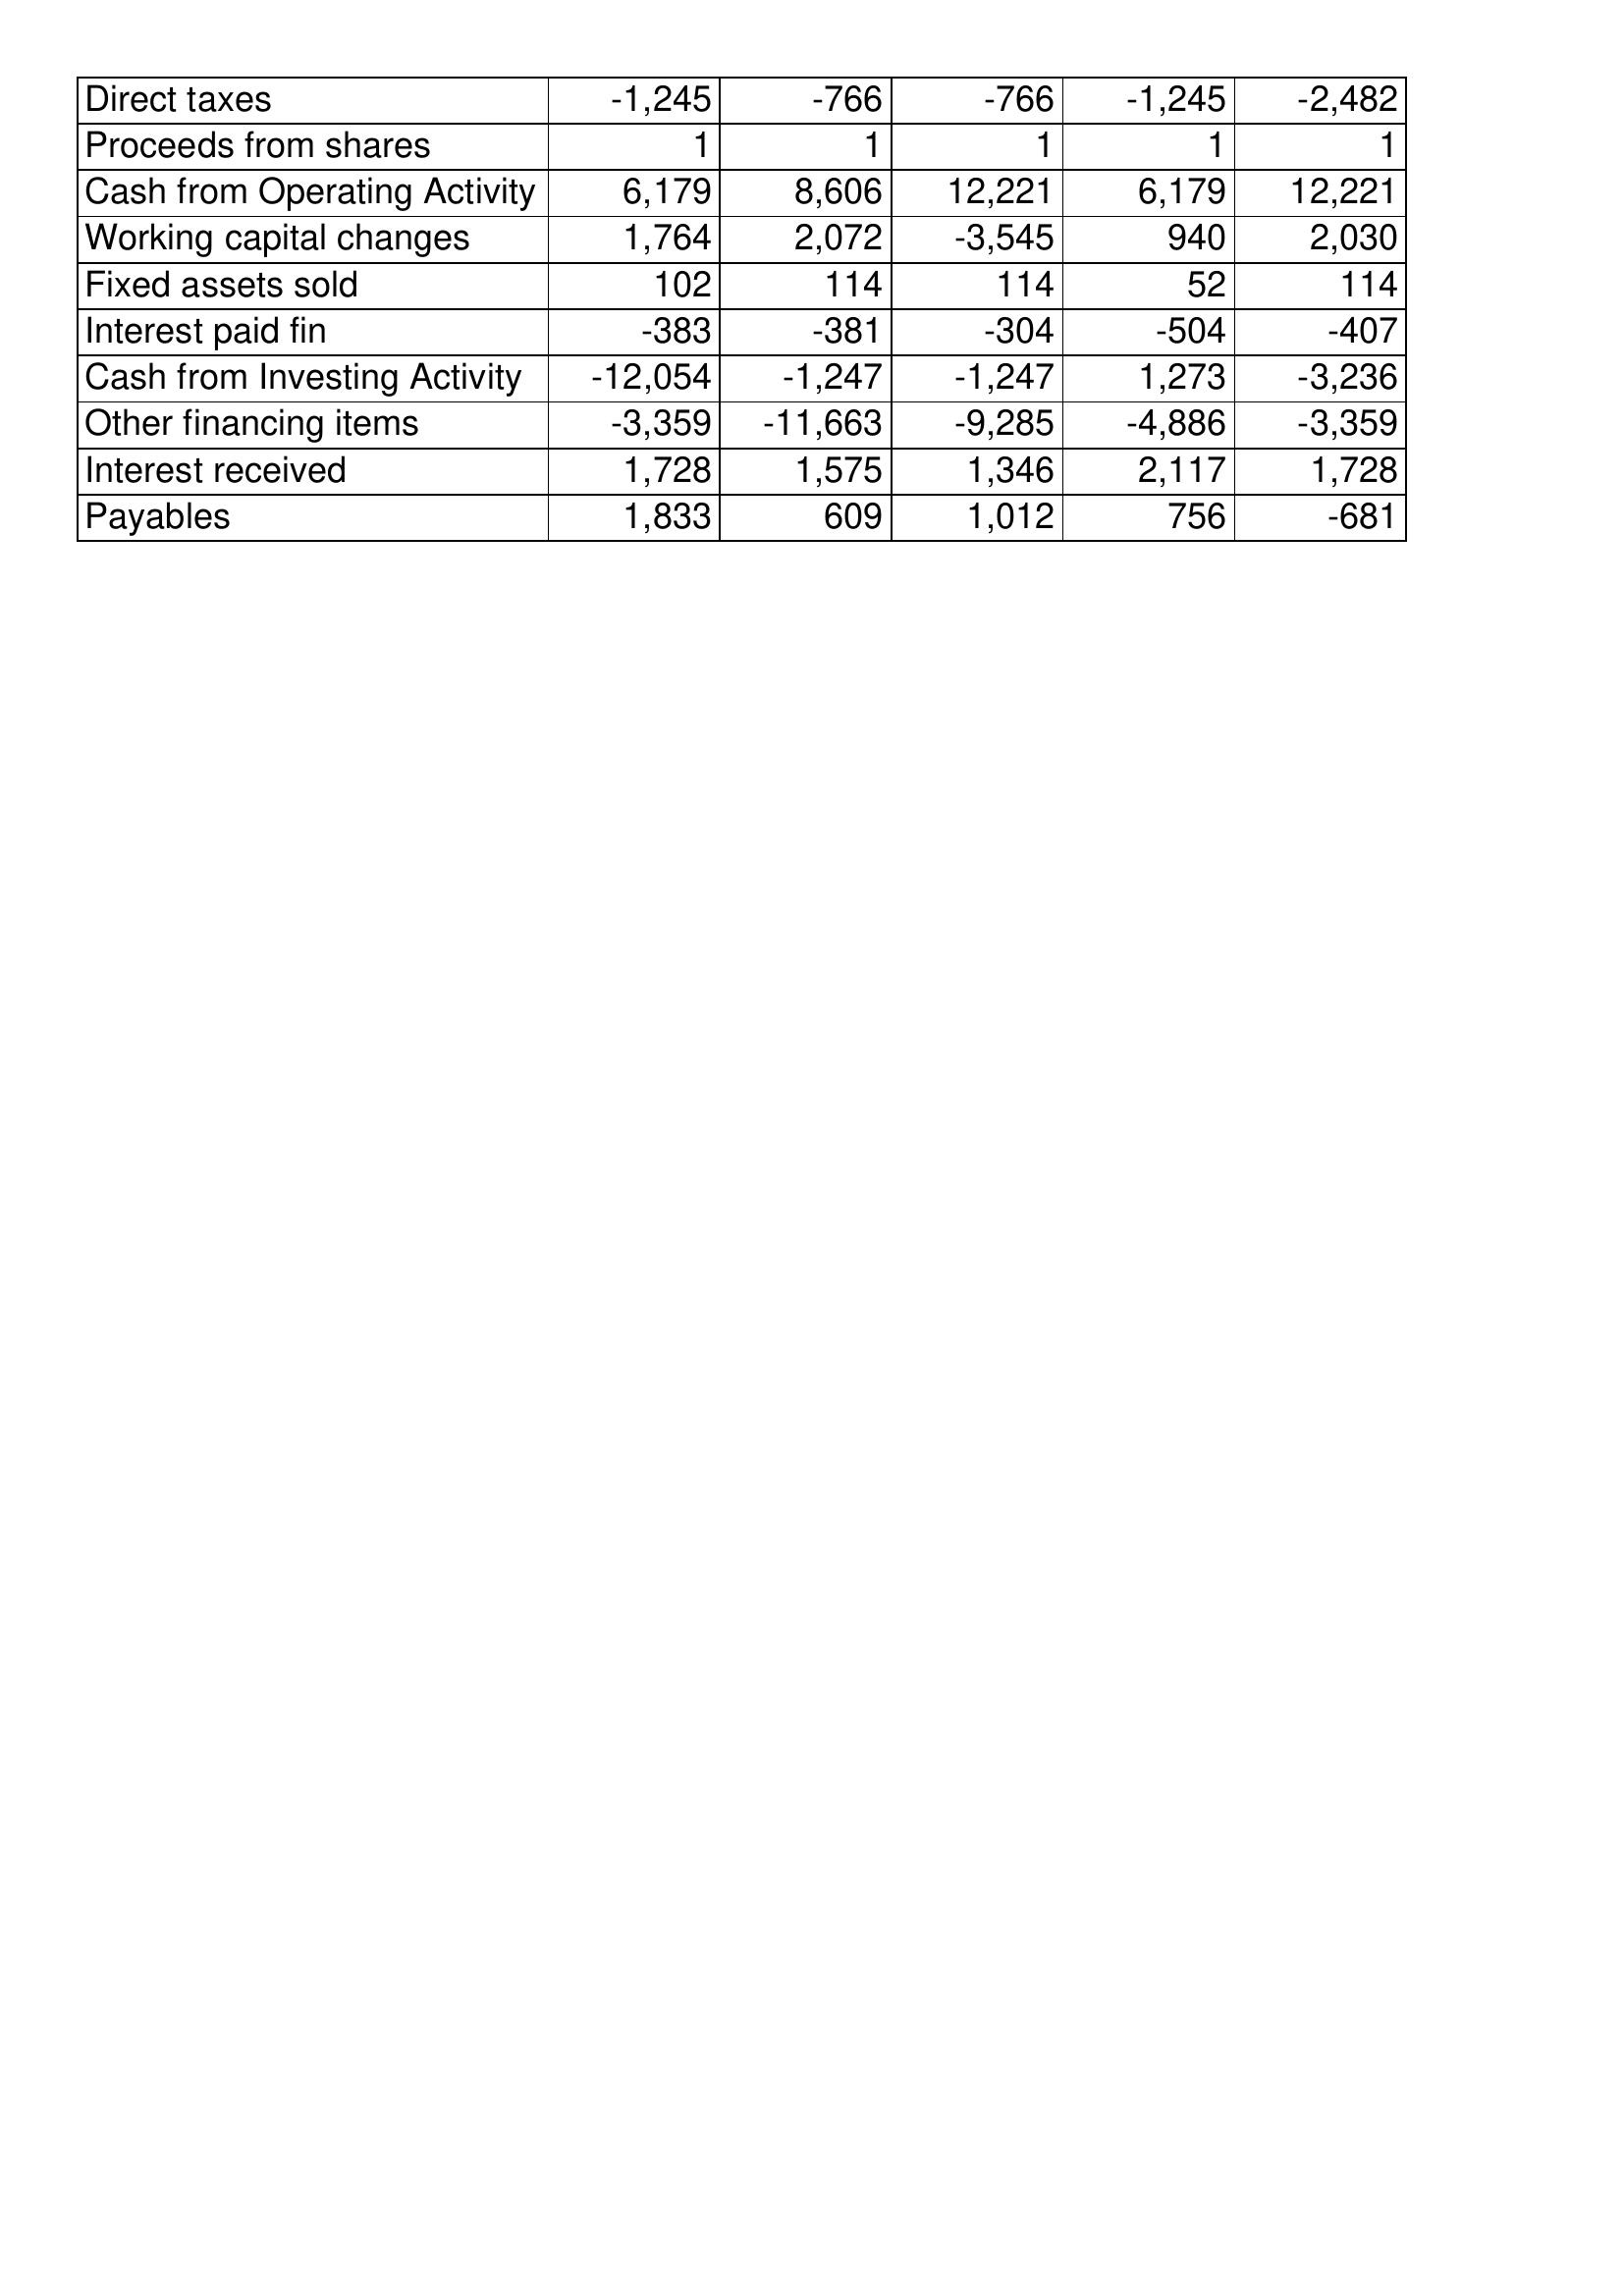
Oct-19: Cash Flows: Direct taxes: -1,245
Proceeds from shares: 1
Cash from Operating Activity: 6,179
Working capital changes: 1,764
Fixed assets sold: 102
Interest paid fin: -383
Cash from Investing Activity: -12,054
Other financing items: -3,359
Interest received: 1,728
Payables: 1,833
Oct-18: Cash Flows: Direct taxes: -766
Proceeds from shares: 1
Cash from Operating Activity: 8,606
Working capital changes: 2,072
Fixed assets sold: 114
Interest paid fin: -381
Cash from Investing Activity: -1,247
Other financing items: -11,663
Interest received: 1,575
Payables: 609
Oct-17: Cash Flows: Direct taxes: -766
Proceeds from shares: 1
Cash from Operating Activity: 12,221
Working capital changes: -3,545
Fixed assets sold: 114
Interest paid fin: -304
Cash from Investing Activity: -1,247
Other financing items: -9,285
Interest received: 1,346
Payables: 1,012
Oct-16: Cash Flows: Direct taxes: -1,245
Proceeds from shares: 1
Cash from Operating Activity: 6,179
Working capital changes: 940
Fixed assets sold: 52
Interest paid fin: -504
Cash from Investing Activity: 1,273
Other financing items: -4,886
Interest received: 2,117
Payables: 756
Oct-15: Cash Flows: Direct taxes: -2,482
Proceeds from shares: 1
Cash from Operating Activity: 12,221
Working capital changes: 2,030
Fixed assets sold: 114
Interest paid fin: -407
Cash from Investing Activity: -3,236
Other financing items: -3,359
Interest received: 1,728
Payables: -681